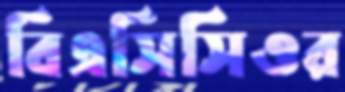
বিএসিসিওর